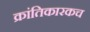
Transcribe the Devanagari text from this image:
क्रांतिकारकच